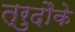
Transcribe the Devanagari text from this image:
त्रुदौके